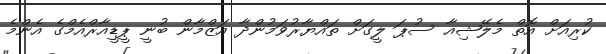
ކުރިއަށް އޮތް މެލޭޝިއާ ސުޕަ ލީގަށް ތައްޔާރުވަމުންދާ އަޒްމާން ބުނީ ޕީޑީއާރްއެމްގެ އެންމެ